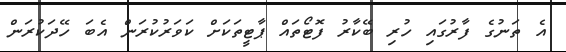
އެ ތަނުގެ ފާރުގައި ހުރި ބޭކާރު ފޮޓޯތައް ޕާޓީތަކަށް ކަވަރުކުރަން އެބަ ހޭދަކުރަން